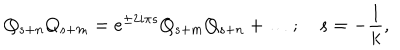
Q _ { s + n } Q _ { s + m } = e ^ { \pm 2 i { \pi } s } Q _ { s + m } Q _ { s + n } + \ldots ; \quad s = { - { \frac { 1 } { k } } } ,